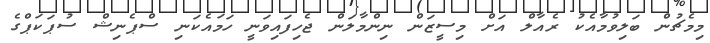
މިމެޗުން ބަލިވުމާއެކު ރެއާލް އަށް މިސީޒަން ނިންމާލަން ޖެހިފައިވަނީ ހަމައެކަނި ސްޕެނިޝް ސުޕަކަޕްގެ